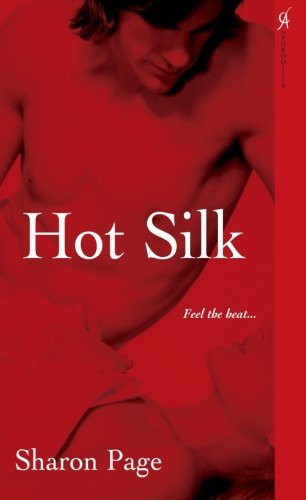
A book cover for Hot Silk; Sharon Page; Romance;